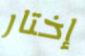
إختار